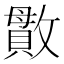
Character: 𫿖